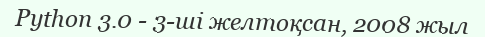
Python 3.0 - 3-ші желтоқсан, 2008 жыл